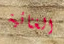
الغنائية